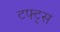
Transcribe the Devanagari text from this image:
टफ्ट्‌स